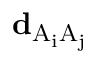
\mathbf { d } _ { \mathrm { { A } _ { i } \mathrm { { A } _ { j } } } }